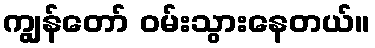
ကျွန်တော် ဝမ်းသွားနေတယ်။